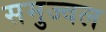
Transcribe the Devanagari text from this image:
समुज्वल